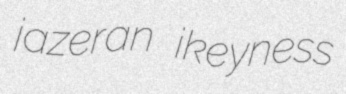
jazeran ikeyness